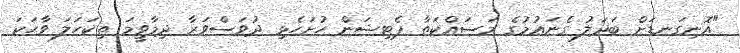
"އޮނިގަނޑަށް ބަދަލު ގެނައުމުގެ މަސައްކަތާ ޕެޓިޝަން ހުށަހެޅި ދުވަސްވަރާ ދިމާވީމަ ތިކަހަލަ ވާހަކަ